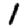
Digit: 1